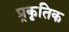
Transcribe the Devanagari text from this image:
प्र्रकृतिक